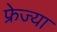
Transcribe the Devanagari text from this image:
फ्रेज्या